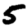
Digit: 5